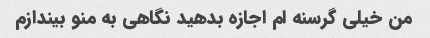
من خیلی گرسنه ام اجازه بدهید نگاهی به منو بیندازم